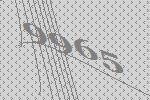
9965